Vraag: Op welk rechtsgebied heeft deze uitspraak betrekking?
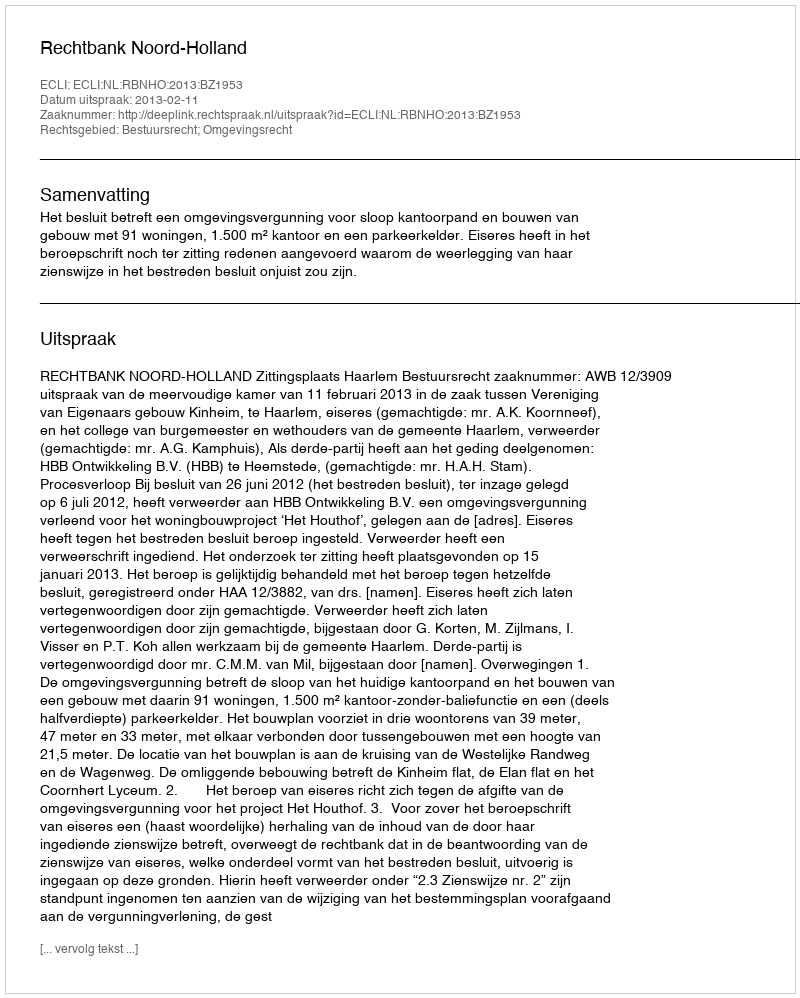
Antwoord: Bestuursrecht; Omgevingsrecht